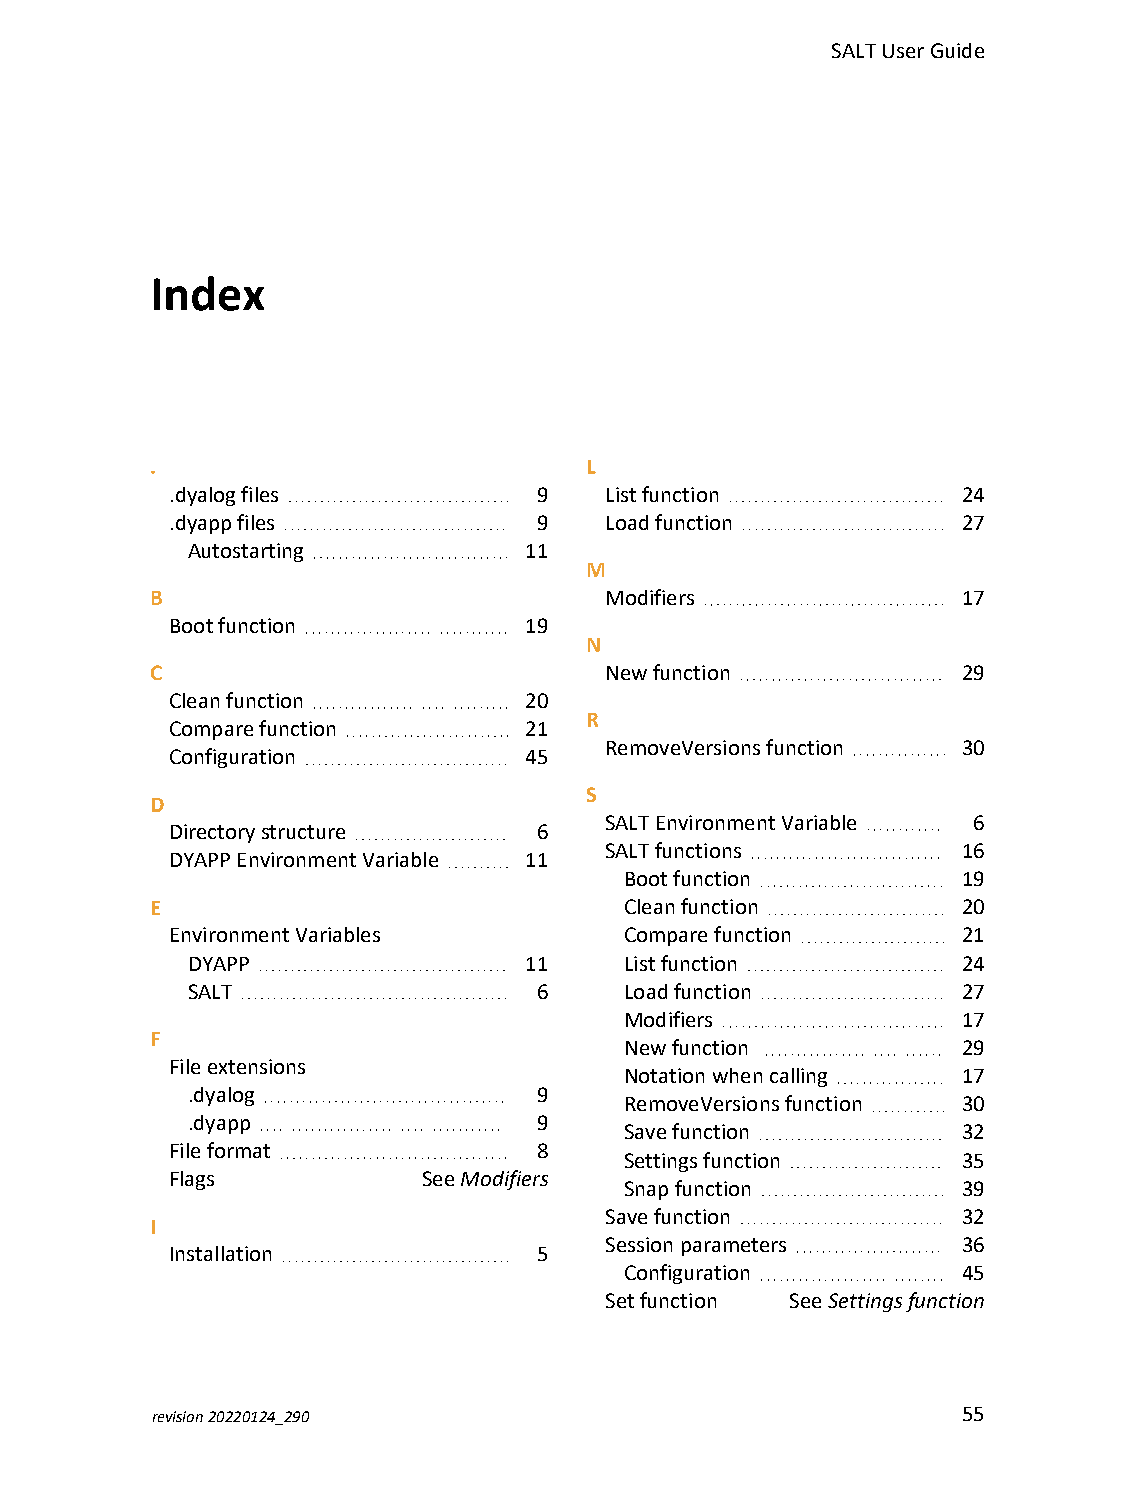
SALTUserGuide
 Index
 .                            L
 .dyalogfiles             9   Listfunction            24
 .dyappfiles              9   Loadfunction            27
 Autostarting           11
 M
 B                             Modifiers               17
 Bootfunction            19
 N
 C                             Newfunction             29
 Cleanfunction           20
 R
 Comparefunction         21
 RemoveVersionsfunction  30
 Configuration           45
 S
 D
 SALTEnvironmentVariable 6
 Directorystructure       6
 SALTfunctions           16
 DYAPPEnvironmentVariable 11
 Bootfunction           19
 E                              Cleanfunction          20
 EnvironmentVariables          Comparefunction        21
 DYAPP                  11    Listfunction           24
 SALT                    6    Loadfunction           27
 Modifiers              17
 F
 Newfunction            29
 Fileextensions
 Notationwhencalling    17
 .dyalog                 9
 RemoveVersionsfunction 30
 .dyapp                  9
 Savefunction           32
 Fileformat               8
 Settingsfunction       35
 Flags            See Modifiers
 Snapfunction           39
 Savefunction            32
 I
 Sessionparameters       36
 Installation             5
 Configuration          45
 Setfunction See Settingsfunction
 revision20220124_290                                  55